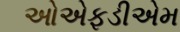
ઓએફડીએમ